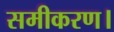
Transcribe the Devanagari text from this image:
समीकरण।